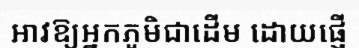
អាវឱ្យអ្នកភូមិជាដើម ដោយផ្ញើ